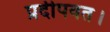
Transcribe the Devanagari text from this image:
प्रदीपवत।